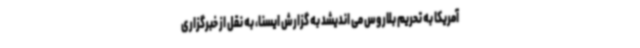
آمریکا به تحریم‌ بلاروس می اندیشد به گزارش ایسنا، به نقل از خبرگزاری